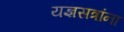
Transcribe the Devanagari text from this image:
यज्ञसत्रांना